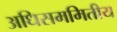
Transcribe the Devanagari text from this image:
अधिसममितीय